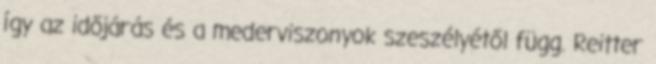
így az időjárás és a mederviszonyok szeszélyétől függ. Reitter